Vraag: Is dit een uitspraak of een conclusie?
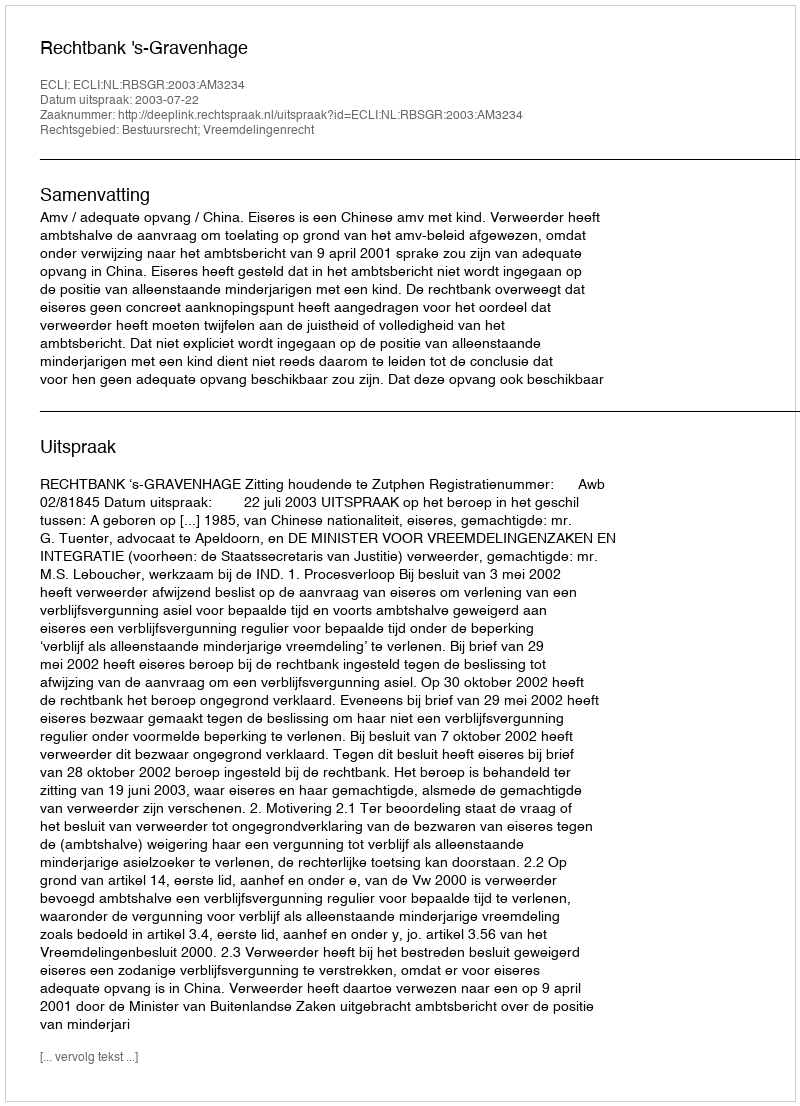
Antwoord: Uitspraak